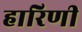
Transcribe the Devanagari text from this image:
हारिणी